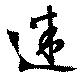
迷